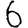
Digit: 6